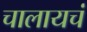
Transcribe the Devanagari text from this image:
चालायचं